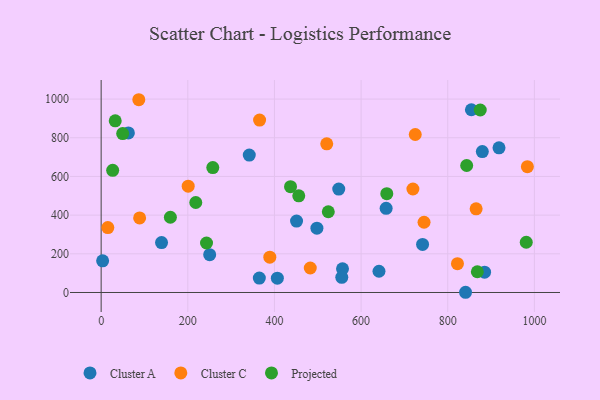
{"axis": {"x": "Study Hours", "y": "Exam Score"}, "legend": ["Cluster A", "Cluster C", "Projected"], "data": [{"x": "879.8", "y": 728.6, "type": "Cluster A"}, {"x": "365.1", "y": 74.5, "type": "Cluster A"}, {"x": "741.9", "y": 248.4, "type": "Cluster A"}, {"x": "250.5", "y": 195.5, "type": "Cluster A"}, {"x": "62.9", "y": 824.9, "type": "Cluster A"}, {"x": "557.1", "y": 122.1, "type": "Cluster A"}, {"x": "406.7", "y": 73.9, "type": "Cluster A"}, {"x": "3.4", "y": 163.7, "type": "Cluster A"}, {"x": "555.4", "y": 78.5, "type": "Cluster A"}, {"x": "498.0", "y": 332.4, "type": "Cluster A"}, {"x": "641.3", "y": 109.7, "type": "Cluster A"}, {"x": "139.4", "y": 257.9, "type": "Cluster A"}, {"x": "451.0", "y": 369.3, "type": "Cluster A"}, {"x": "548.4", "y": 534.9, "type": "Cluster A"}, {"x": "657.8", "y": 435.2, "type": "Cluster A"}, {"x": "854.6", "y": 944.9, "type": "Cluster A"}, {"x": "918.3", "y": 747.9, "type": "Cluster A"}, {"x": "841.1", "y": 1.1, "type": "Cluster A"}, {"x": "885.0", "y": 105.2, "type": "Cluster A"}, {"x": "341.9", "y": 710.4, "type": "Cluster A"}, {"x": "725.0", "y": 816.8, "type": "Cluster C"}, {"x": "86.9", "y": 996.7, "type": "Cluster C"}, {"x": "822.4", "y": 149.2, "type": "Cluster C"}, {"x": "865.5", "y": 432.8, "type": "Cluster C"}, {"x": "482.7", "y": 126.6, "type": "Cluster C"}, {"x": "365.7", "y": 891.4, "type": "Cluster C"}, {"x": "88.8", "y": 385.7, "type": "Cluster C"}, {"x": "745.3", "y": 363.2, "type": "Cluster C"}, {"x": "15.4", "y": 335.8, "type": "Cluster C"}, {"x": "983.8", "y": 650.6, "type": "Cluster C"}, {"x": "520.7", "y": 768.7, "type": "Cluster C"}, {"x": "389.3", "y": 182.5, "type": "Cluster C"}, {"x": "200.9", "y": 549.6, "type": "Cluster C"}, {"x": "719.6", "y": 535.1, "type": "Cluster C"}, {"x": "981.2", "y": 259.7, "type": "Projected"}, {"x": "437.1", "y": 547.1, "type": "Projected"}, {"x": "26.6", "y": 631.9, "type": "Projected"}, {"x": "218.4", "y": 465.3, "type": "Projected"}, {"x": "49.7", "y": 821.5, "type": "Projected"}, {"x": "843.7", "y": 656.6, "type": "Projected"}, {"x": "659.3", "y": 511.1, "type": "Projected"}, {"x": "243.2", "y": 256.0, "type": "Projected"}, {"x": "257.7", "y": 645.8, "type": "Projected"}, {"x": "875.0", "y": 943.6, "type": "Projected"}, {"x": "32.5", "y": 887.5, "type": "Projected"}, {"x": "159.8", "y": 389.1, "type": "Projected"}, {"x": "456.1", "y": 499.7, "type": "Projected"}, {"x": "868.3", "y": 107.2, "type": "Projected"}, {"x": "524.3", "y": 417.4, "type": "Projected"}]}